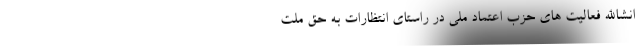
اِنشاالله فعالیت های حزب اعتماد ملی در راستای انتظارات به حقّ ملت